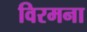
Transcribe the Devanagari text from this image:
विरमना